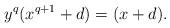
LaTeX: \begin{align*}y^q(x^{q+1}+d) = (x+d).\end{align*}